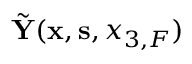
\tilde { \bf Y } ( { { \bf x } } , { { \bf s } } , { x _ { 3 , F } } )